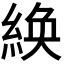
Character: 𫃴